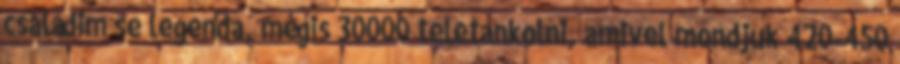
családim se legenda, mégis 30000 teletankolni, amivel mondjuk 420-450